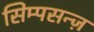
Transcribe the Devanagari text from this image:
सिम्पसन्ज़